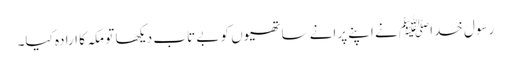
رسول خداﷺ نے اپنے پرانے ساتھیوں کو بے تاب دیکھا تو مکہ کا ارادہ کیا۔